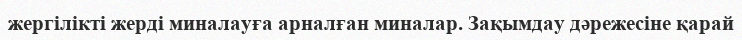
жергілікті жерді миналауға арналған миналар. Зақымдау дәрежесіне қарай